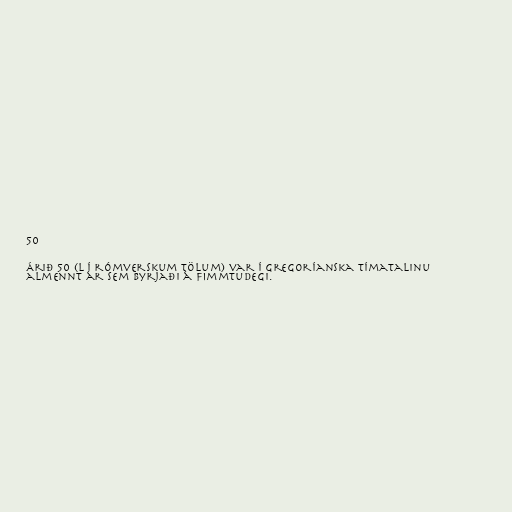
50

Árið 50 (L í rómverskum tölum) var í gregoríanska tímatalinu
almennt ár sem byrjaði á fimmtudegi.